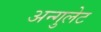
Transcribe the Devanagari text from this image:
अन्गुलेट